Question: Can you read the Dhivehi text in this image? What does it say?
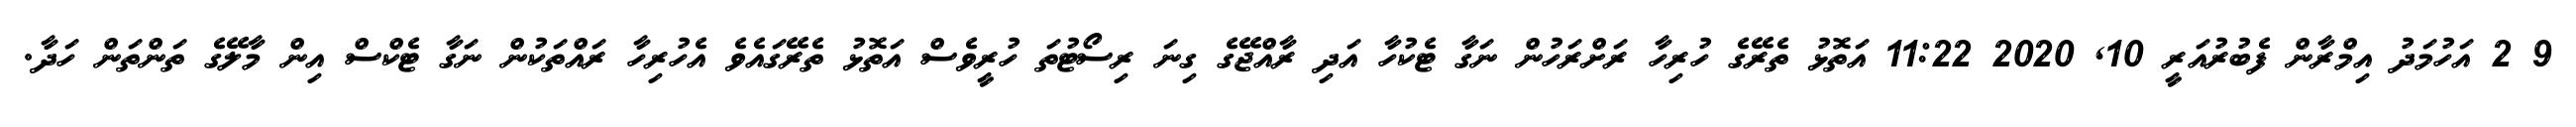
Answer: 9 2 އަހުމަދު އިމްރާން ފެބުރުއަރީ 10, 2020 11:22 އަތޮޅު ތެރޭގެ ހުރިހާ ރަށްރަހުން ނަގާ ޓެކުހާ އަދި ރާއްޖޭގެ ގިނަ ރިސޯޓުތަ ހުރީވެސް އަތޮޅު ތެރޭގައެވެ އެހުރިހާ ރައްތަކުން ނަގާ ޓެކްސް އިން މާލޭގެ ތަންތަން ހަދާ.